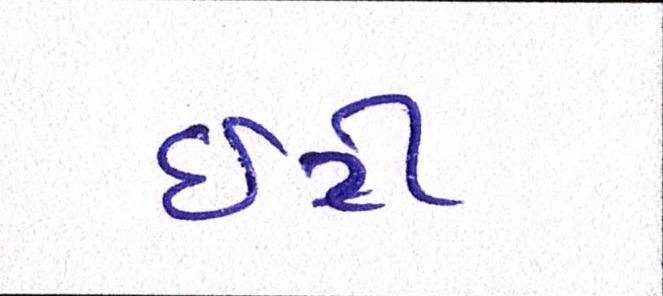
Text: ઇટી